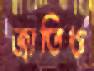
জাতিও